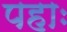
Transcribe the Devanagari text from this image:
पहाः